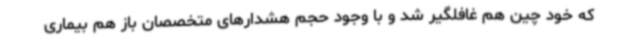
که خود چین هم غافلگیر شد و با وجود حجم هشدارهای متخصصان باز هم بیماری